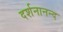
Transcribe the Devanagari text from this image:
दर्शनानन्‍द